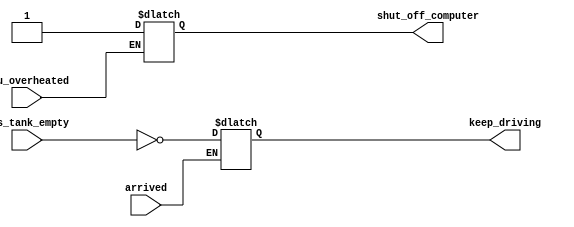
// synthesis verilog_input_version verilog_2001
module top_module (
    input      cpu_overheated,
    output reg shut_off_computer,
    input      arrived,
    input      gas_tank_empty,
    output reg keep_driving  ); //

    always @(*) begin
        if (cpu_overheated)
           shut_off_computer = 1;
    end

    always @(*) begin
        if (~arrived)
           keep_driving = ~gas_tank_empty;
    end

endmodule